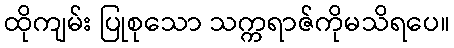
ထိုကျမ်း ပြုစုသော သက္ကရာဇ်ကိုမသိရပေ။